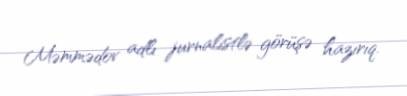
Məmmədov adlı jurnalistlə görüşə hazırıq.